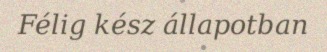
Félig kész állapotban